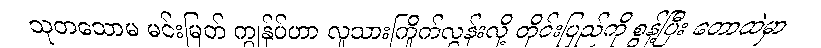
သုတသောမ မင်းမြတ် ကျွန်ုပ်ဟာ လူသားကြိုက်လွန်းလို့ တိုင်းပြည်ကို စွန့်ပြီး တောထဲမှာ